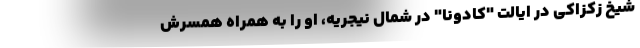
شیخ زکزاکی در ایالت "کادونا" در شمال نیجریه، او را به همراه همسرش